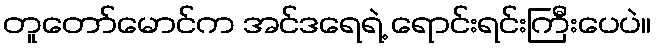
တူတော်မောင်က အင်ဒရေရဲ့ ရောင်းရင်းကြီးပေပဲ။